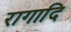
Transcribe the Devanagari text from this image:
रागादि